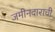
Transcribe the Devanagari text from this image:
जमीनदाराची